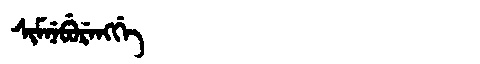
Manchu: ᠰᡳᠮᠨᡝᠪᡠᡵᡝᠩᡤᡝ
Romanization: SIMNEBURENGGE